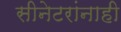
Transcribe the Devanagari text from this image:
सीनेटरांनाही